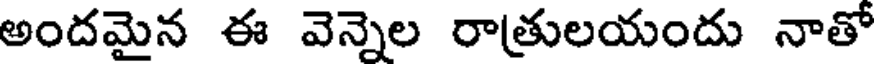
అందమైన ఈ వెన్నెల రాత్రులయందు నాతో